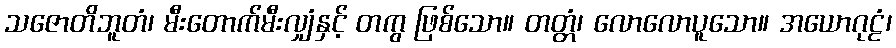
သဇောတိဘူတံ၊ မီးတောက်မီးလျှံနှင့် တကွ ဖြစ်သော။ တတ္တံ၊ လောလောပူသော။ အယောဂုဠံ၊